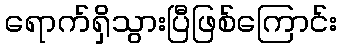
ရောက်ရှိသွားပြီဖြစ်ကြောင်း